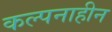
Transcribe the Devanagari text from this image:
कल्पनाहीन